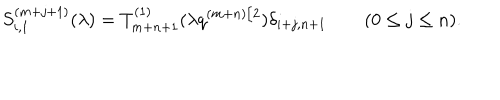
S _ { i , 1 } ^ { ( m + j + 1 ) } ( \lambda ) = T _ { m + n + 1 } ^ { ( 1 ) } ( \lambda q ^ { ( m + n ) / 2 } ) \delta _ { i + j , n + 1 } \qquad ( 0 \le j \le n ) .